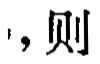
, 则